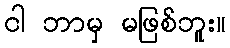
ငါ ဘာမှ မဖြစ်ဘူး။